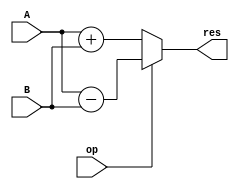
`timescale 1ns/1ps
module ALU(input op, input [7:0] A, input [7:0] B, output [8:0] res);
assign res[8:0] = op ? (A[7:0] - B[7:0]) : (A[7:0] + B[7:0]);
endmodule